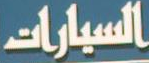
السيارات